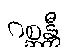
ဂစ္ဆန္တီ